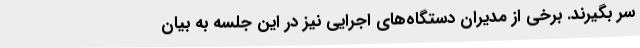
سر بگیرند. برخی از مدیران دستگاه‌های اجرایی نیز در این جلسه به بیان